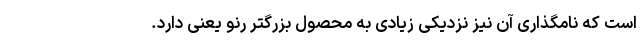
است که نامگذاری آن نیز نزدیکی زیادی به محصول بزرگتر رنو یعنی دارد.